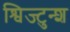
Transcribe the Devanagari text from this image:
श्विज्टुन्श